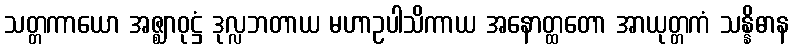
သတ္တကာယော အဇ္ဈာဝုဋ္ဌံ ဒုလ္လဘတာယ မဟာဥပါသိကာယ အနောတ္ထတော အာယုတ္တကံ သန္နိဓာန